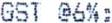
GST @6%: